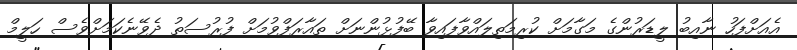
އެއަށްފަހު ނާއިބު ލީޑަރުންގެ މަގާމަށް ކުރިމަތިލައްވާފައިވާ ބޭފުޅުންނަށް ތައާރަފްވުމަށް ފުރުސަތު ދެވޭނެކަމަށްވެސް ހަލީމް